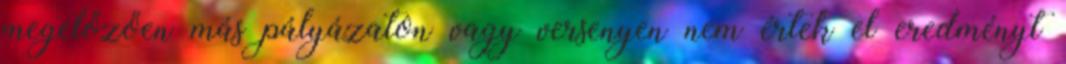
megelőzően más pályázaton vagy versenyen nem értek el eredményt